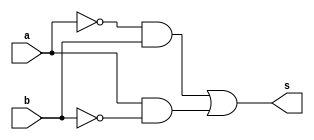
//---------------------
// Exemplo0011 - XOR
// Nome: Douglas Henrique Silva Correa
//---------------------

//---------------------
//--xor gate
//---------------------
module xorgate (output s,
					  input  a,
					  input  b);
  assign s = ( (~a & b)|(a & ~b) );
endmodule // xor

//---------------------
//--test xor gate
//---------------------
module testxorgate;
//-------------------------dados locais
reg a, b; // definir registradores
wire s;
			// definir conexao (fio)
//-------------------------instancia
xorgate XOR1 (s, a, b);
//-------------------------preparacao
initial begin:start
				// atribuicao simultanea
				// dos valores iniciais
 a=0; b=0; a=0; b=0;
end
//-------------------------parte principal

initial begin
	$display("Exemplo0011 - Douglas Henrique Silva Correa - 466503");
	$display("Test XOR gate");
	$display("\n(a & b)|(~a & ~b) = s\n");
	a=0; b=0; a=0; b=0;
#1	$display("(%b & %b)|(~%b & ~%b) = %b", a, b, a, b, s);
	a=0; b=1; a=0; b=1;
#1	$display("(%b & %b)|(~%b & ~%b) = %b", a, b, a, b, s);
	a=1; b=0; a=1; b=0;
#1	$display("(%b & %b)|(~%b & ~%b) = %b", a, b, a, b, s);
	a=1; b=1; a=1; b=1;
#1	$display("(%b & %b)|(~%b & ~%b) = %b", a, b, a, b, s);
end

endmodule // testxorgate